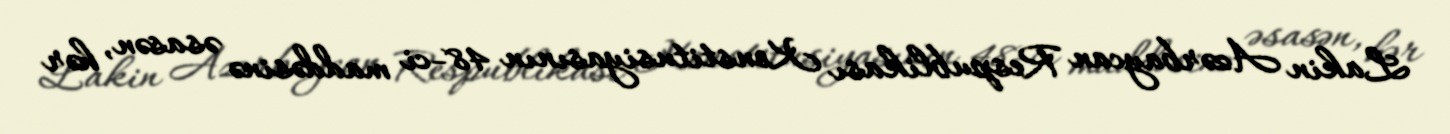
Lakin Azərbaycan Respublikası Konstitusiyasının 48-ci maddəsinə əsasən, hər